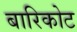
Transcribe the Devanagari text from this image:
बारिकोट